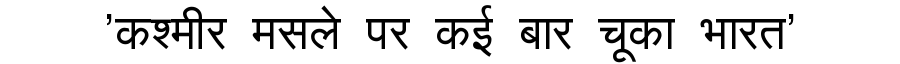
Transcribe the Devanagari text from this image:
'कश्मीर मसले पर कई बार चूका भारत'